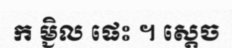
ក ម្ជិល ផេះ ។ ស្តេច